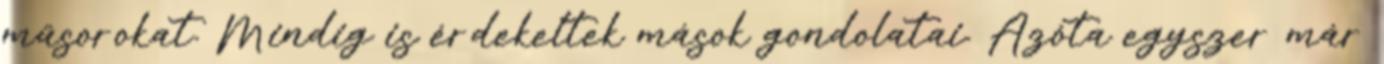
műsorokat. Mindig is érdekeltek mások gondolatai. Azóta egyszer már